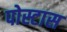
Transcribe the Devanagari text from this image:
पोस्टास